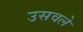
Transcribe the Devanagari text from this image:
उसवले